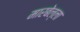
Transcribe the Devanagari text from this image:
मारबेल्ला